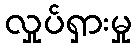
လှုပ်ရှားမှု